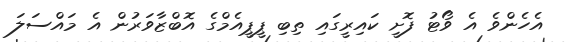
އެހެންވެ އެ ވޯޓު ފޮށީ ކައިރީގައި ތިބި ޕީޕީއެމްގެ އޮބްޒާވަރުން އެ މައްސަލަ